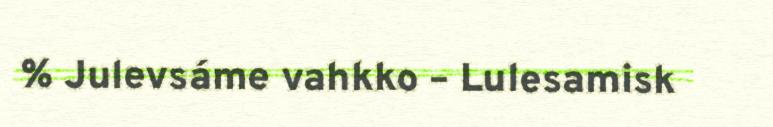
% Julevsáme vahkko – Lulesamisk